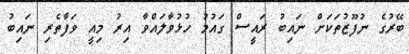
ބޭރުގެ ނުފޫޒުތަކަށް ނައިބު ރައީސް ގައުމު ހުޅުވާލައްވާ އިރު މިއީ ވަފާތެރި ނައިބު